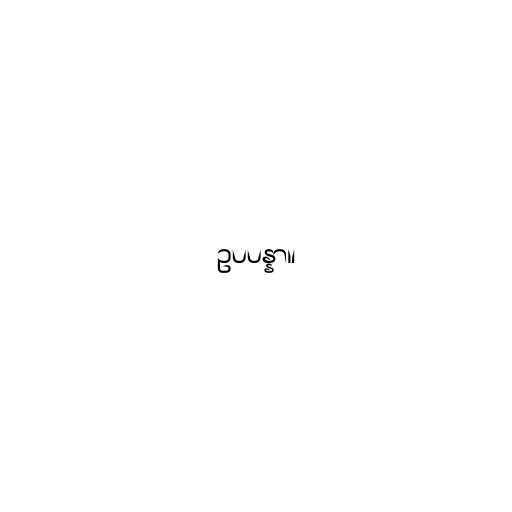
ဥပပန္နာ။